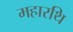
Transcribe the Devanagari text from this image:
महारथि